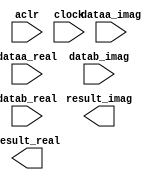
// megafunction wizard: %ALTMULT_COMPLEX%VBB%
// GENERATION: STANDARD
// VERSION: WM1.0
// MODULE: altmult_complex 

// ============================================================
// Megafunction Name(s):
// 			altmult_complex
//
// Simulation Library Files(s):
// 			altera_mf;lpm
// ============================================================
// ************************************************************
// THIS IS A WIZARD-GENERATED FILE. DO NOT EDIT THIS FILE!
//
// 12.1 Build 177 11/07/2012 SJ Full Version
// ************************************************************

//Copyright (C) 1991-2012 Altera Corporation
//Your use of Altera Corporation's design tools, logic functions 
//and other software and tools, and its AMPP partner logic 
//functions, and any output files from any of the foregoing 
//(including device programming or simulation files), and any 
//associated documentation or information are expressly subject 
//to the terms and conditions of the Altera Program License 
//Subscription Agreement, Altera MegaCore Function License 
//Agreement, or other applicable license agreement, including, 
//without limitation, that your use is for the sole purpose of 
//programming logic devices manufactured by Altera and sold by 
//Altera or its authorized distributors.  Please refer to the 
//applicable agreement for further details.

module complexmult (
	aclr,
	clock,
	dataa_imag,
	dataa_real,
	datab_imag,
	datab_real,
	result_imag,
	result_real)/* synthesis synthesis_clearbox = 1 */;

	input	  aclr;
	input	  clock;
	input	[15:0]  dataa_imag;
	input	[15:0]  dataa_real;
	input	[15:0]  datab_imag;
	input	[15:0]  datab_real;
	output	[32:0]  result_imag;
	output	[32:0]  result_real;

endmodule

// ============================================================
// CNX file retrieval info
// ============================================================
// Retrieval info: PRIVATE: INTENDED_DEVICE_FAMILY STRING "Cyclone IV E"
// Retrieval info: PRIVATE: SYNTH_WRAPPER_GEN_POSTFIX STRING "0"
// Retrieval info: LIBRARY: altera_mf altera_mf.altera_mf_components.all
// Retrieval info: CONSTANT: IMPLEMENTATION_STYLE STRING "AUTO"
// Retrieval info: CONSTANT: INTENDED_DEVICE_FAMILY STRING "Cyclone IV E"
// Retrieval info: CONSTANT: PIPELINE NUMERIC "3"
// Retrieval info: CONSTANT: REPRESENTATION_A STRING "SIGNED"
// Retrieval info: CONSTANT: REPRESENTATION_B STRING "SIGNED"
// Retrieval info: CONSTANT: WIDTH_A NUMERIC "16"
// Retrieval info: CONSTANT: WIDTH_B NUMERIC "16"
// Retrieval info: CONSTANT: WIDTH_RESULT NUMERIC "33"
// Retrieval info: USED_PORT: aclr 0 0 0 0 INPUT NODEFVAL "aclr"
// Retrieval info: USED_PORT: clock 0 0 0 0 INPUT NODEFVAL "clock"
// Retrieval info: USED_PORT: dataa_imag 0 0 16 0 INPUT NODEFVAL "dataa_imag[15..0]"
// Retrieval info: USED_PORT: dataa_real 0 0 16 0 INPUT NODEFVAL "dataa_real[15..0]"
// Retrieval info: USED_PORT: datab_imag 0 0 16 0 INPUT NODEFVAL "datab_imag[15..0]"
// Retrieval info: USED_PORT: datab_real 0 0 16 0 INPUT NODEFVAL "datab_real[15..0]"
// Retrieval info: USED_PORT: result_imag 0 0 33 0 OUTPUT NODEFVAL "result_imag[32..0]"
// Retrieval info: USED_PORT: result_real 0 0 33 0 OUTPUT NODEFVAL "result_real[32..0]"
// Retrieval info: CONNECT: @aclr 0 0 0 0 aclr 0 0 0 0
// Retrieval info: CONNECT: @clock 0 0 0 0 clock 0 0 0 0
// Retrieval info: CONNECT: @dataa_imag 0 0 16 0 dataa_imag 0 0 16 0
// Retrieval info: CONNECT: @dataa_real 0 0 16 0 dataa_real 0 0 16 0
// Retrieval info: CONNECT: @datab_imag 0 0 16 0 datab_imag 0 0 16 0
// Retrieval info: CONNECT: @datab_real 0 0 16 0 datab_real 0 0 16 0
// Retrieval info: CONNECT: result_imag 0 0 33 0 @result_imag 0 0 33 0
// Retrieval info: CONNECT: result_real 0 0 33 0 @result_real 0 0 33 0
// Retrieval info: GEN_FILE: TYPE_NORMAL complexmult.v TRUE
// Retrieval info: GEN_FILE: TYPE_NORMAL complexmult.inc FALSE
// Retrieval info: GEN_FILE: TYPE_NORMAL complexmult.cmp FALSE
// Retrieval info: GEN_FILE: TYPE_NORMAL complexmult.bsf FALSE
// Retrieval info: GEN_FILE: TYPE_NORMAL complexmult_inst.v FALSE
// Retrieval info: GEN_FILE: TYPE_NORMAL complexmult_bb.v TRUE
// Retrieval info: LIB_FILE: altera_mf
// Retrieval info: LIB_FILE: lpm